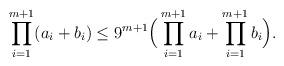
LaTeX: \begin{align*}\prod_{i=1}^{m+1}(a_i+b_i)\leq {9}^{m+1}\Big(\prod_{i=1}^{m+1}a_i+\prod_{i=1}^{m+1}b_i\Big).\end{align*}